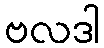
ဗလဒါ